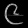
Digit: ၉